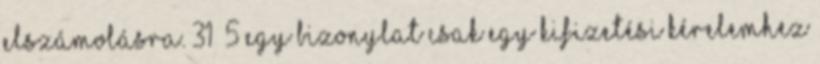
elszámolásra. 31§ 5 Egy bizonylat csak egy kifizetési kérelemhez